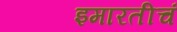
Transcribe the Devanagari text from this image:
इमारतीचं